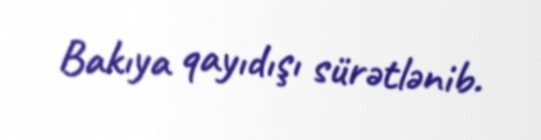
Bakıya qayıdışı sürətlənib.